Subject: math
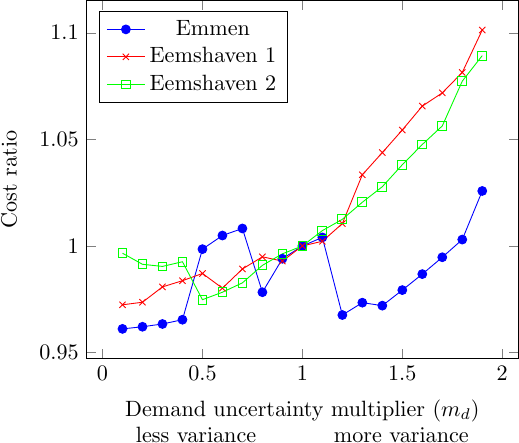
LaTeX code:
         \begin{tikzpicture}[scale=0.8]
            \begin{axis}[
            xlabel style={align=center}, xlabel=Demand uncertainty multiplier ($m_d$) \\ less variance \hspace{1cm} more variance,
            ylabel=Cost ratio,
            legend pos=north west
            ]
            \addplot[mark=*,blue] plot coordinates {
                (0.1,0.9611)(0.2,0.9621)(0.3,0.9634)(0.4,0.9654)(0.5,0.9985)(0.6,1.0049)(0.7,1.0082)(0.8,0.9783)(0.9,0.994)(1,1)(1.1,1.004)(1.2,0.9676)(1.3,0.9734)(1.4,0.972)(1.5,0.9793)(1.6,0.9868)(1.7,0.9947)(1.8,1.003)(1.9,1.0258)

            };
           \addlegendentry{Emmen}

            \addplot[color=red,mark=x] plot coordinates {
                (0.1,0.9724)(0.2,0.9736)(0.3,0.9808)(0.4,0.9837)(0.5,0.9871)(0.6,0.9802)(0.7,0.9892)(0.8,0.9949)(0.9,0.9929)(1,1)(1.1,1.0022)(1.2,1.0105)(1.3,1.0334)(1.4,1.0438)(1.5,1.0544)(1.6,1.0656)(1.7,1.0718)(1.8,1.0814)(1.9,1.1013)

            };
           \addlegendentry{Eemshaven 1}

            \addplot[color=green,mark=square] coordinates {
                (0.1,0.9966)(0.2,0.9914)(0.3,0.9904)(0.4,0.9926)(0.5,0.9748)(0.6,0.9783)(0.7,0.9827)(0.8,0.9909)(0.9,0.9963)(1,1)(1.1,1.0072)(1.2,1.0125)(1.3,1.0205)(1.4,1.0278)(1.5,1.0381)(1.6,1.0476)(1.7,1.0563)(1.8,1.0773)(1.9,1.0893)

            };
            \addlegendentry{Eemshaven 2}

            \end{axis}
         \end{tikzpicture}